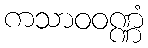
ကသာဝဝဏ္ဏံ